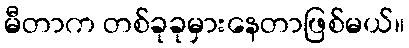
မီတာက တစ်ခုခုမှားနေတာဖြစ်မယ်။